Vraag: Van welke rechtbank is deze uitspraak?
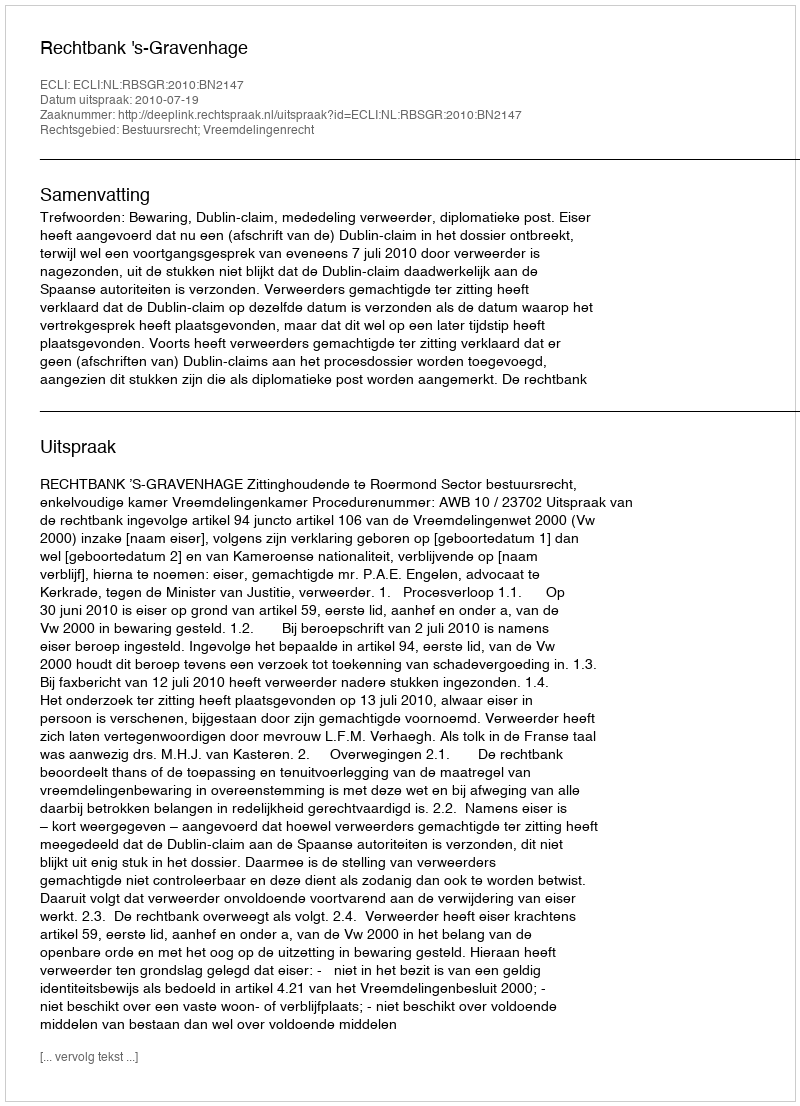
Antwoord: Rechtbank 's-Gravenhage